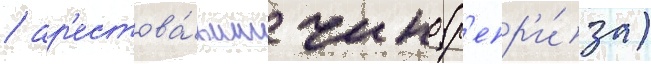
/ ар'естова́вшие чино (р'епр'и́за)